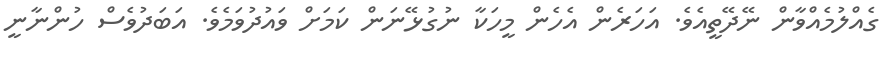
ގެއްލުމެއްވާން ނޭދޭތީއެވެ. އަހަރެން އެހެން މީހަކާ ނުގުޅޭނަން ކަމަށް ވައުދުވަމެވެ. އަބަދުވެސް ހުންނާނީ